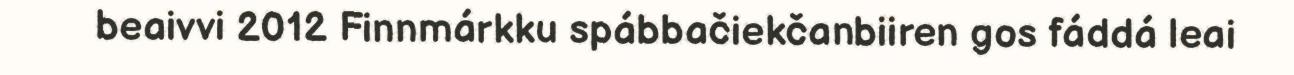
beaivvi 2012 Finnmárkku spábbačiekčanbiiren gos fáddá leai